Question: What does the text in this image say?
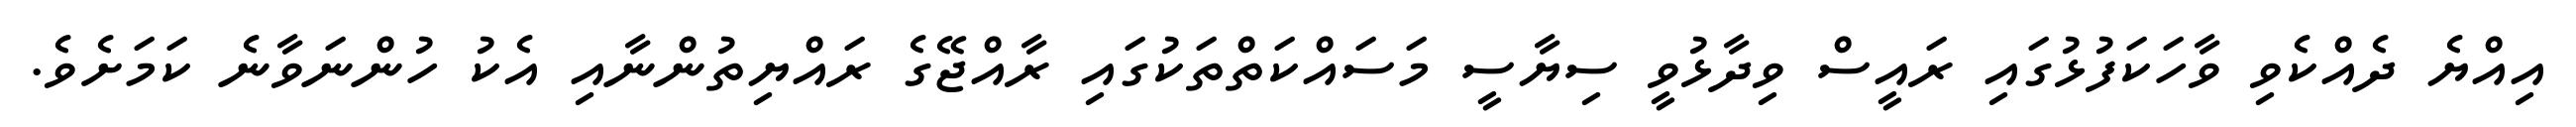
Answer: އިއްޔެ ދެއްކެވި ވާހަކަފުޅުގައި ރައީސް ވިދާޅުވީ ސިޔާސީ މަސައްކަތްތަކުގައި ރާއްޖޭގެ ރައްޔިތުންނާއި އެކު ހުންނަވާނެ ކަމަށެވެ.